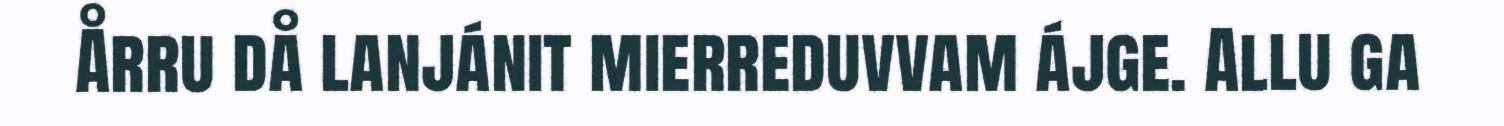
Årru då lanjánit mierreduvvam ájge. Allu ga